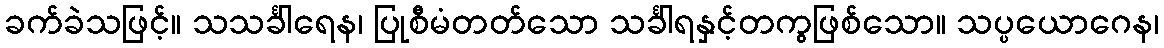
ခက်ခဲသဖြင့်။ သသင်္ခါရေန၊ ပြုစီမံတတ်သော သင်္ခါရနှင့်တကွဖြစ်သော။ သပ္ပယောဂေန၊